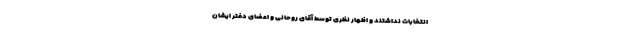
انتخابات نداشتند و اظهار نظری توسط آقای روحانی و اعضای دفتر ایشان